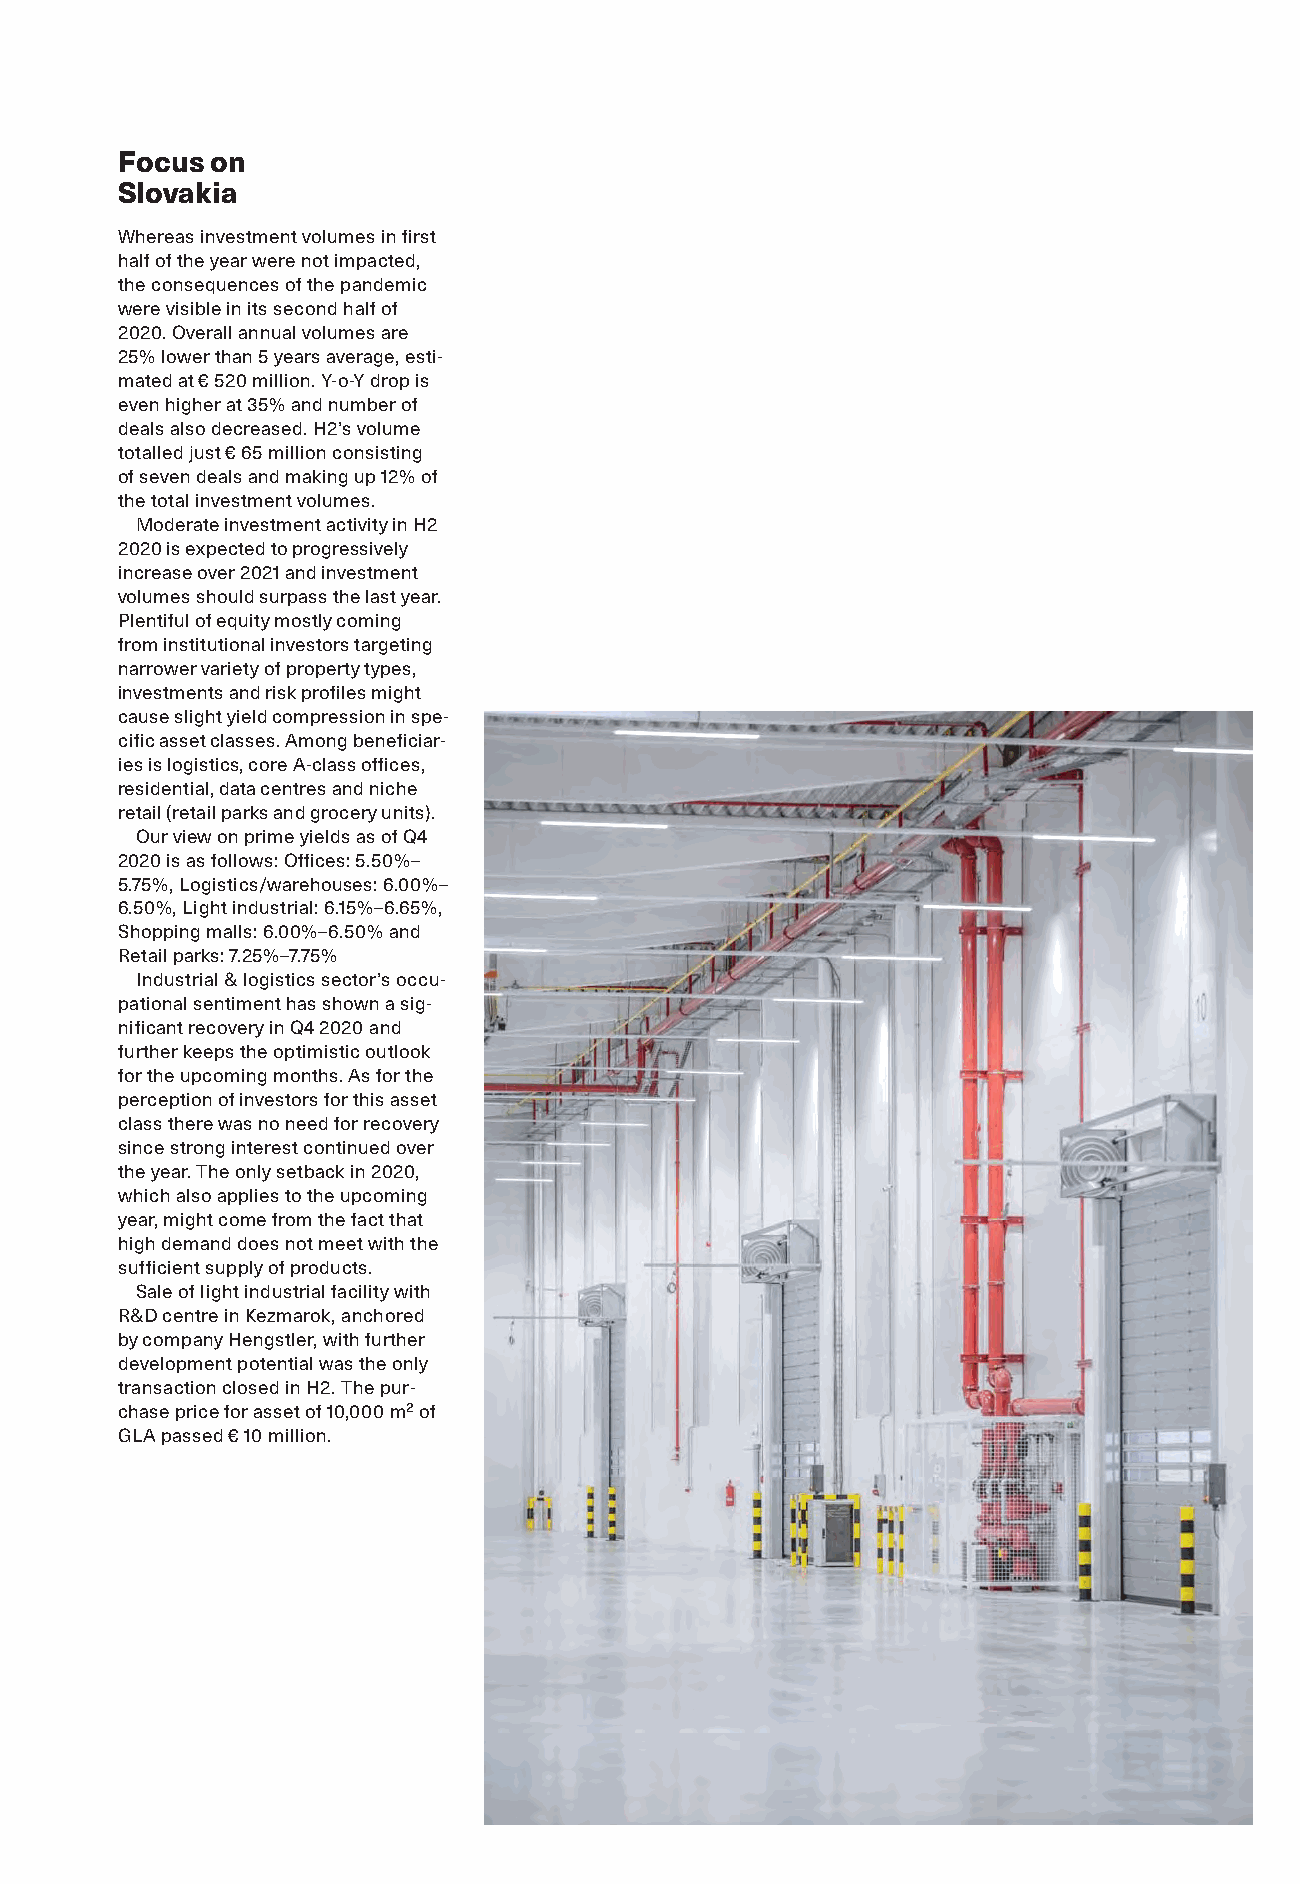
Focus on
 Slovakia
 Whereas investment volumes in first
 half of the year were not impacted,
 the consequences of the pandemic
 were visible in its second half of
 2020. Overall annual volumes are
 25% lower than 5 years average, esti-
 mated at € 520 million. Y-o-Y drop is
 even higher at 35% and number of
 deals also decreased. H2’s volume
 totalled just € 65 million consisting
 of seven deals and making up 12% of
 the total investment volumes.
 Moderate investment activity in H2
 2020 is expected to progressively
 increase over 2021 and investment
 volumes should surpass the last year.
 Plentiful of equity mostly coming
 from institutional investors targeting
 narrower variety of property types,
 investments and risk profiles might
 cause slight yield compression in spe-
 cific asset classes. Among beneficiar-
 ies is logistics, core A-class offices,
 residential, data centres and niche
 retail (retail parks and grocery units).
 Our view on prime yields as of Q4
 2020 is as follows: Offices: 5.50%–
 5.75%, Logistics/warehouses: 6.00%–
 6.50%, Light industrial: 6.15%–6.65%,
 Shopping malls: 6.00%–6.50% and
 Retail parks: 7.25%–7.75%
 Industrial & logistics sector’s occu-
 pational sentiment has shown a sig-
 nificant recovery in Q4 2020 and
 further keeps the optimistic outlook
 for the upcoming months. As for the
 perception of investors for this asset
 class there was no need for recovery
 since strong interest continued over
 the year. The only setback in 2020,
 which also applies to the upcoming
 year, might come from the fact that
 high demand does not meet with the
 sufficient supply of products.
 Sale of light industrial facility with
 R&D centre in Kezmarok, anchored
 by company Hengstler, with further
 development potential was the only
 transaction closed in H2. The pur-
 chase price for asset of 10,000 m² of
 GLA passed € 10 million.